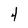
Character: 4